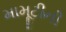
મામૂટીની